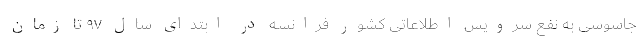
جاسوسی به نفع سرویس اطلاعاتی کشور فرانسه در ابتدای سال ۹۷ تا زمان